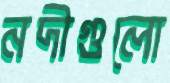
নদীগুলো